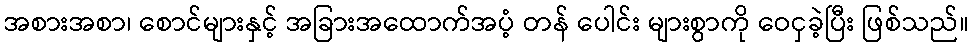
အစားအစာ၊ စောင်များနှင့် အခြားအထောက်အပံ့ တန် ပေါင်း များစွာကို ဝေငှခဲ့ပြီး ဖြစ်သည်။